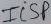
Text: ICSP